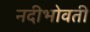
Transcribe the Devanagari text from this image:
नदीभोवती